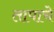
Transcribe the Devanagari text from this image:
तापाचे